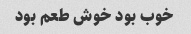
خوب بود خوش طعم بود